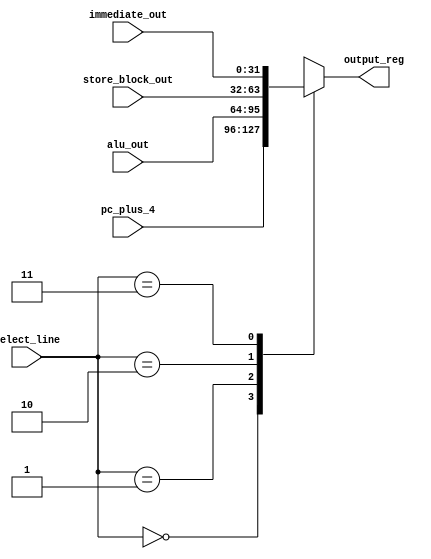
`timescale 1ns / 1ps
//////////////////////////////////////////////////////////////////////////////////
// Company: 
// Engineer: 
// 
// Design Name: 
// Module Name: register_mux
// Project Name: 
// Target Devices: 
// Tool Versions: 
// Description: 
// 
// Dependencies: 
// 
// Revision:
// Revision 0.01 - File Created
// Additional Comments:
// 
//////////////////////////////////////////////////////////////////////////////////


module register_mux(
    input wire[31:0] pc_plus_4,
    input wire[31:0] alu_out,
    input wire[31:0] store_block_out,
    input wire[31:0] immediate_out,
    input wire[1:0]  select_line,
    output reg [31:0]  output_reg
);
always@(*)begin
     case(select_line)
     2'b00  : output_reg=pc_plus_4;
     2'b01  : output_reg=alu_out;
     2'b10  : output_reg=store_block_out;
     2'b11  : output_reg=immediate_out;
    
     default: output_reg=32'd0;
    endcase
    
end
 endmodule